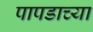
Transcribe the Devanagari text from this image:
पापडाच्या